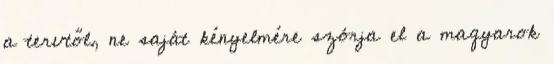
a tervtől, ne saját kényelmére szórja el a magyarok